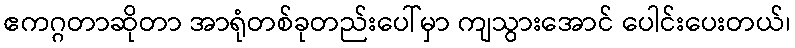
ဧကဂ္ဂတာဆိုတာ အာရုံတစ်ခုတည်းပေါ်မှာ ကျသွားအောင် ပေါင်းပေးတယ်၊